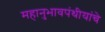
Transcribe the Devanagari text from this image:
महानुभावपंथीयांचे